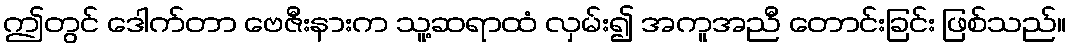
ဤတွင် ဒေါက်တာ ဗေဇီးနားက သူ့ဆရာထံ လှမ်း၍ အကူအညီ တောင်းခြင်း ဖြစ်သည်။